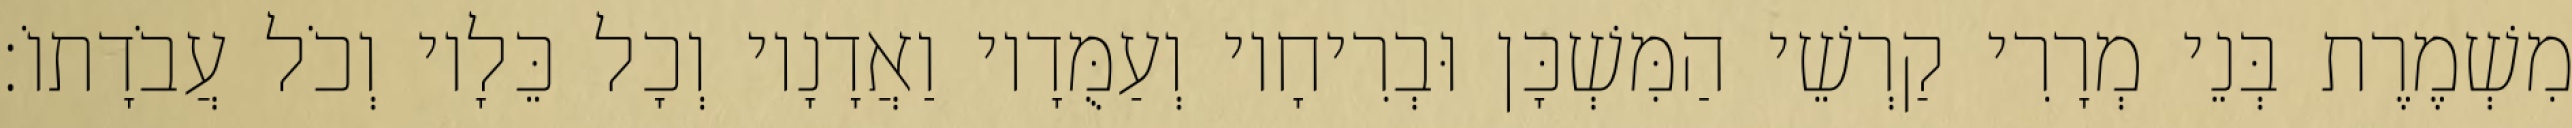
מִשְׁמֶרֶת בְּנֵי מְרָרִי קַרְשֵׁי הַמִּשְׁכָּן וּבְרִיחָיו וְעַמֻּדָיו וַאֲדָנָיו וְכָל כֵּלָיו וְכֹל עֲבֹדָתוֹ׃